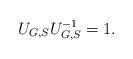
LaTeX: \begin{align*}U_{G,S} U^{-1}_{G,S}=1.\end{align*}